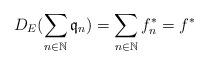
LaTeX: \begin{align*}D_E(\sum_{n\in\mathbb{N}} \mathfrak{q}_n)=\sum_{n\in\mathbb{N}} f^*_n=f^*\end{align*}